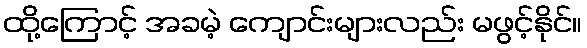
ထို့ကြောင့် အခမဲ့ ကျောင်းများလည်း မဖွင့်နိုင်။